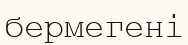
бермегені